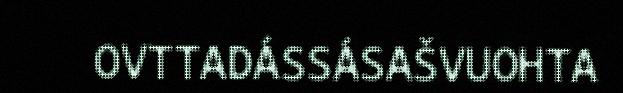
OVTTADÁSSÁSAŠVUOHTA